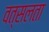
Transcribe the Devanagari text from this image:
वत्सलता